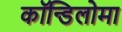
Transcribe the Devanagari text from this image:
कॉन्डिलोमा